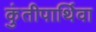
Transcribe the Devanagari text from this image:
कुंतीपार्थिवा